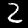
Digit: 2